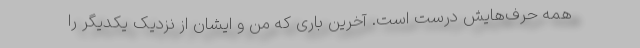
همه حرف‌هایش درست است. آخرین باری که من و ایشان از نزدیک یکدیگر را